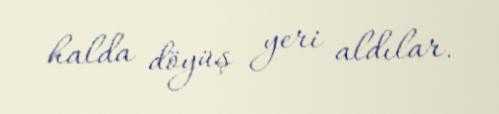
halda döyüş yeri aldılar.